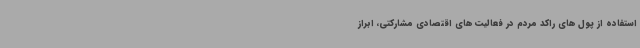
استفاده از پول های راکد مردم در فعالیت های اقتصادی مشارکتی، ابراز